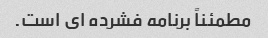
مطمئناً برنامه فشرده ای است.